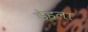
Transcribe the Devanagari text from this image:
डेहला